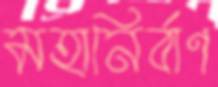
মহানির্বাণ